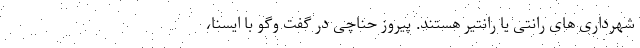
شهرداری های رانتی یا رانتیر هستند. پیروز حناچی در گفت وگو با ایسنا،